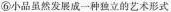
⑥小品虽然发展成一种独立的艺术形式